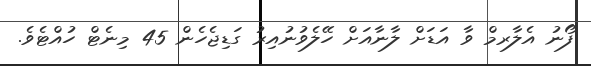
ފޯނު އެލާރމް ވާ އަޑަށް ލާނާއަށް ހޭލެވުނުއިރު ގަޑިޖެހެން 45 މިނެޓް ހުއްޓެވެ.